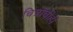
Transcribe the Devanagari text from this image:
चित्रांचीही